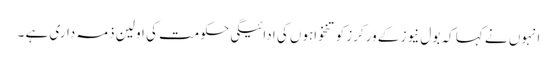
انہوں نے کہا کہ بول نیوز کے ورکرز کو تنخواہوں کی ادائیگی حکومت کی اولین ذمہ داری ہے ۔